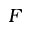
F